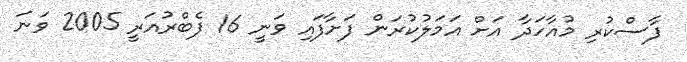
ފާސްކުރި މުއާހަދާ އަށް އަމަލުކުރަން ފަށާފައި ވަނީ 16 ފެބްރުއަރީ 2005 ވަނަ